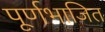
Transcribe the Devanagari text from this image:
पूर्णभाजित